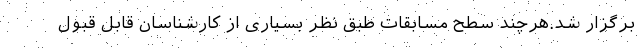
برگزار شد.هرچند سطح مسابقات طبق نظر بسیاری از کارشناسان قابل قبول